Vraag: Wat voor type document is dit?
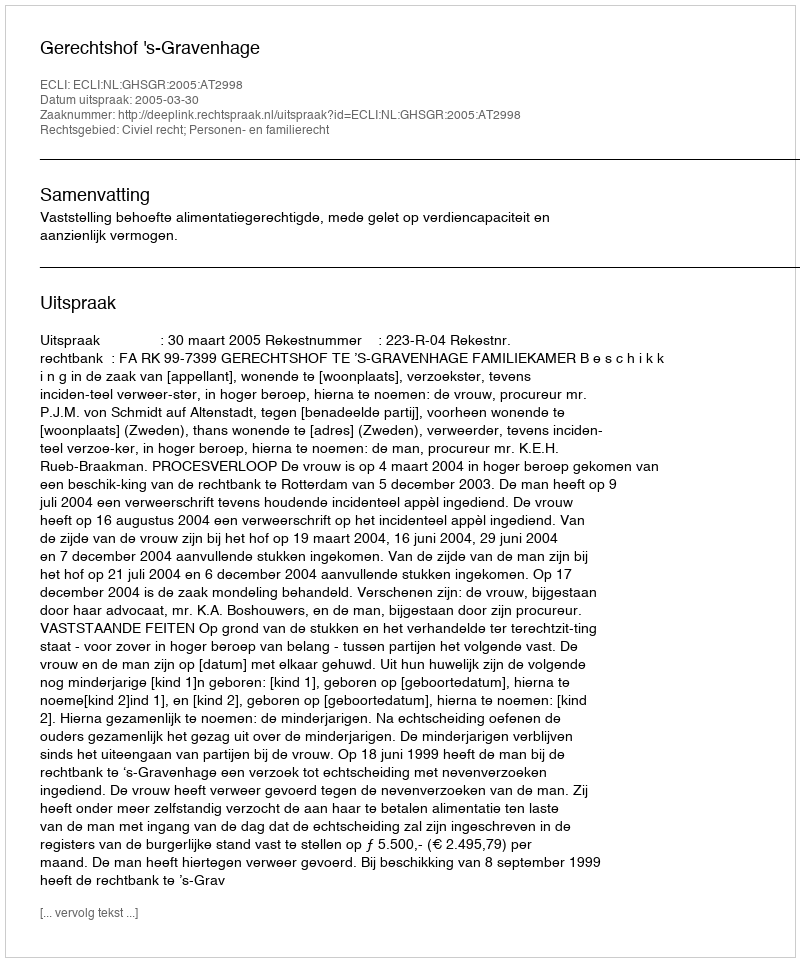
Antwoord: Uitspraak